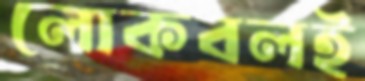
লোকবলই